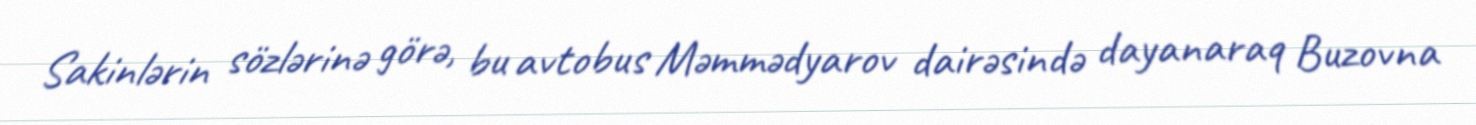
Sakinlərin sözlərinə görə, bu avtobus Məmmədyarov dairəsində dayanaraq Buzovna